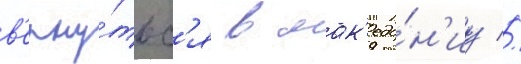
в'ерну́тьс'я в мак'едо́н'иу //